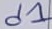
Text: d1